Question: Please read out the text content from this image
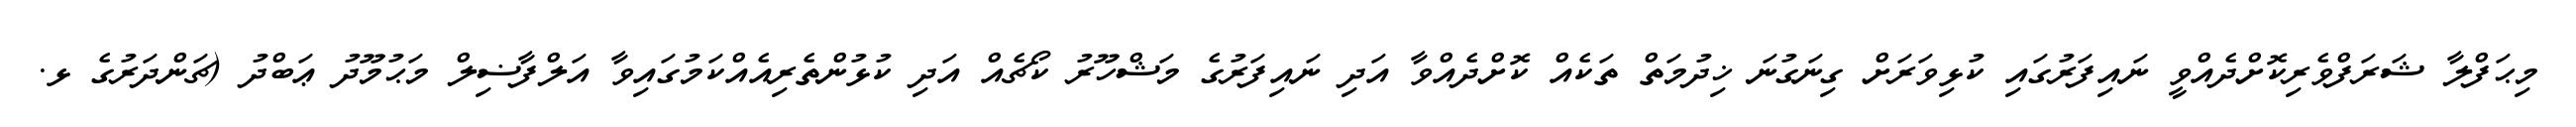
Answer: މިޙަފްލާ ޝަރަފްވެރިކޮށްދެއްވީ ނައިފަރުގައި ކުޅިވަރަށް ގިނަގުނަ ޚިދުމަތް ތަކެއް ކޮށްދެއްވާ އަދި ނައިފަރުގެ މަޝްހޫރު ކޯޗެއް އަދި ކުޅުންތެރިއެއްކަމުގައިވާ އަލްފާޟިލް މަޙުމޫދު ޢަބްދު (ޗަންދަރުގެ ޅ.